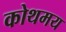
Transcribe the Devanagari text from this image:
कोथमय